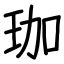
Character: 珈